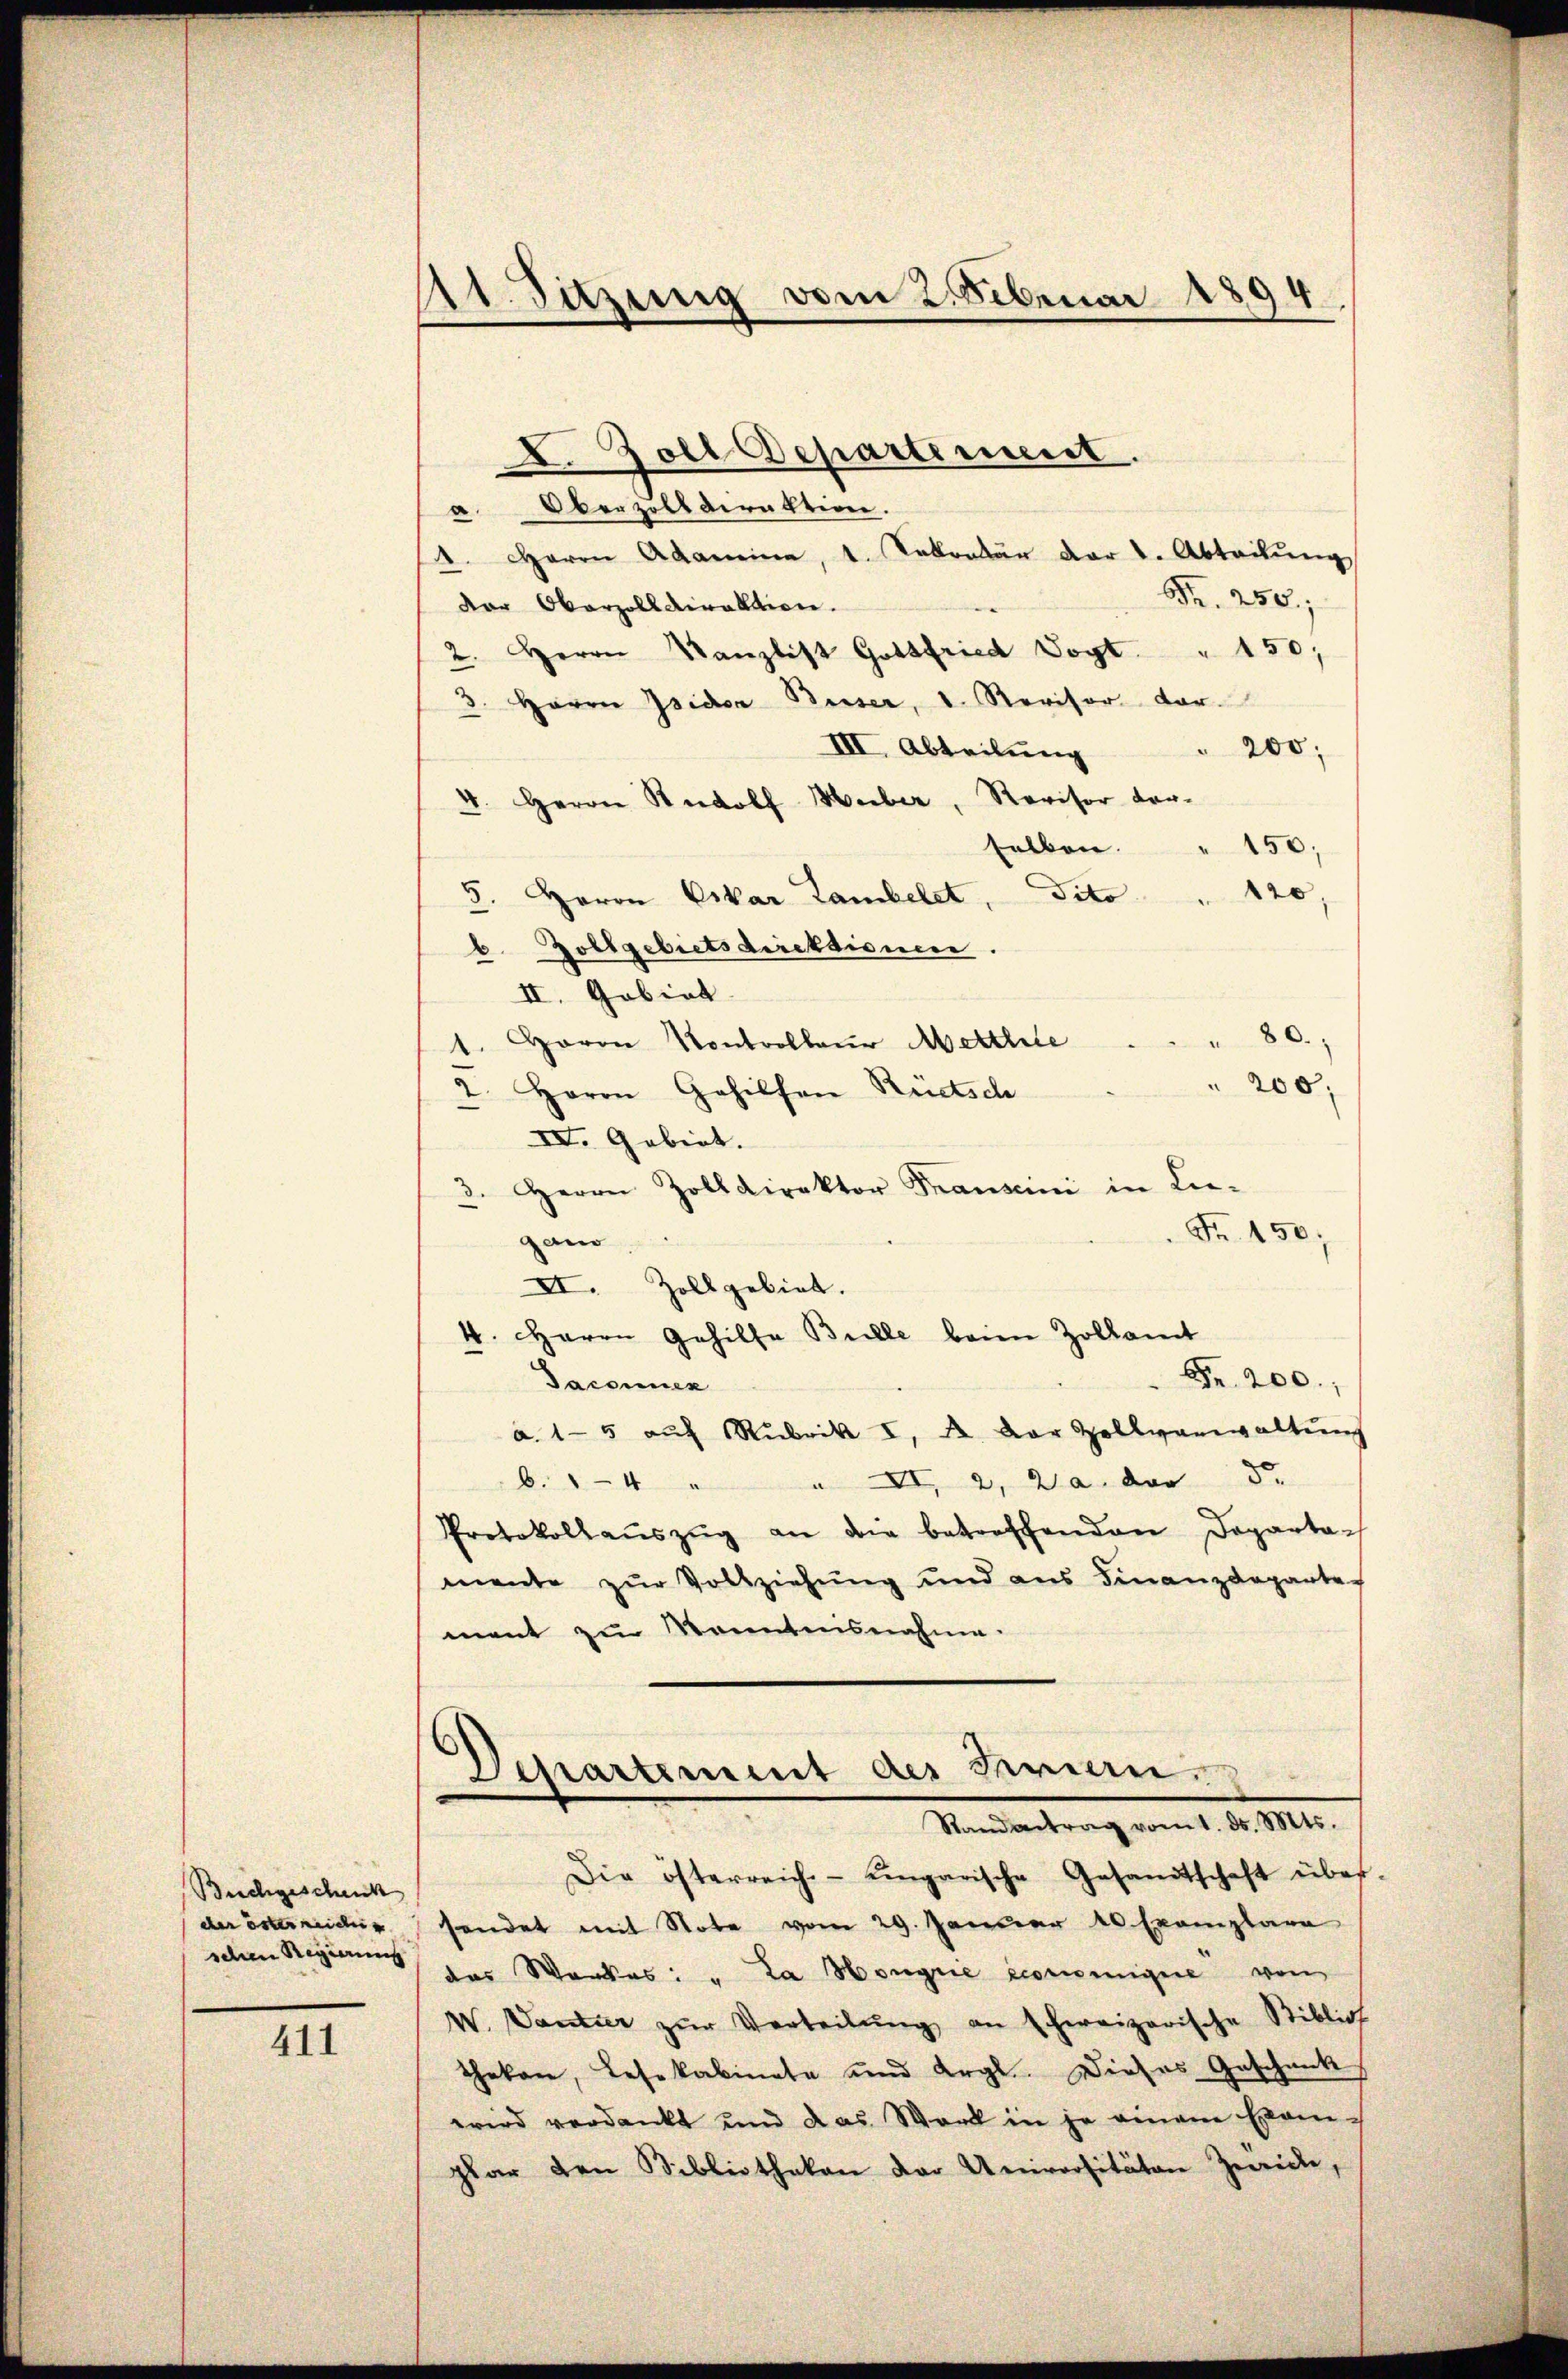
Buchgeschenk
der österneiden
schen Regierung

411

11. Sitzung vom 2. Sebenai 1894

D. Zoll Departement.
a Oberzolldirektion.
1. Herrn Adamina, 1. Sekretär der I. Abteilŭng
Fr. 250;
dor Oberzolldirektion.
2. Herrn Kanzlist Gottfried Vogt. " 150;
3. Herrn Isidor Beiser, d. Revisor Vor¬
III. Abteilung
200;
4. Herrn Rudolf Weiber, Revisor Vor-
selben.
150;
120,
5. Herrn Vikar Lambelet, dito
d
b. Zollgebietsdirektionen.
II. Gobiat.
80.
1. Haron Kontrolleur Mettlie
200;
. Herrn Gehilfen Rüetsch
IV. Gebiet.
3. Herrn Zolldirektor Franscini in Lie-
Fr. 150;
gand
II. Zollgebiet.
4. Herrn Gehilfe Bulle beim Zollamt
Fr. 200.
Jaconuen
a. 15 aŭf Rubrik I. A. Der Zollverwaltŭng
b. 14 " " VI, 2, Da der S.
Protokollaŭszŭg an die betreffenden Departa-
mente zur Vollziehung und aus Finanzdeparte
ment zu Kenntnisnahme.
¬
Lepartement der Krein.
Randantrag vom 1. ds. Mts.
Die österreich-ungarische Gesandtschaft über-
sendet mit Note vom 29. Januar 10 Exemplare
das Werkes: " Ja Hongre éconeinigere von
W. Vantier zŭr Verteilŭng an schweizerische Stiblioth
theken, Lesekabinete und Argl. Dieses Geschenk
wird verdankt und das Werk in je einem Exam-
plar den Bibliothekan der Universitäten Zwecke,